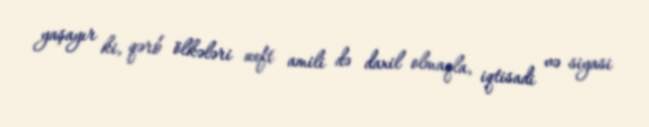
yaşayır ki, qərb ölkələri neft amili də daxil olmaqla, iqtisadi və siyasi